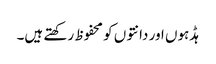
ہڈہوں اور دانتوں کو محفوظ رکھتے ہیں۔